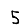
Digit: 5